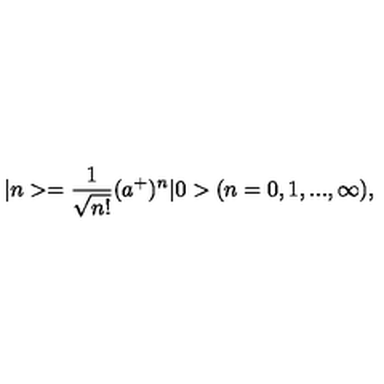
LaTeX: | n > = { \frac { 1 } { \sqrt { n ! } } } ( a ^ { + } ) ^ { n } | 0 > ( n = 0 , 1 , . . . , \infty ) ,